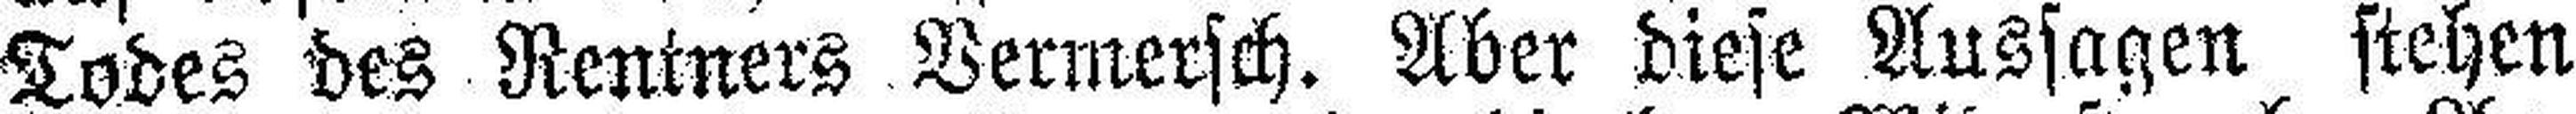
Todes des Rentners Vermersch. Aber diese Aussagen stehen